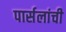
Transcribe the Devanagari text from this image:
पार्सलांची